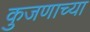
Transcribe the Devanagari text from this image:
कुजणाच्या